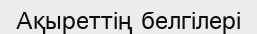
Ақыреттің белгілері